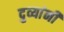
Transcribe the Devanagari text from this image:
दुव्यांनी